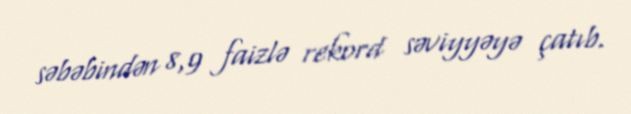
səbəbindən 8,9 faizlə rekord səviyyəyə çatıb.